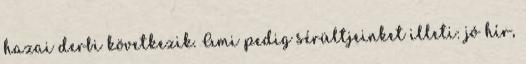
hazai derbi következik. Ami pedig sérültjeinket illeti: jó hír,